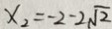
x _ { 2 } = - 2 - 2 \sqrt { 2 }